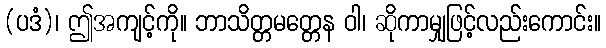
(ပဒံ)၊ ဤအကျင့်ကို။ ဘာသိတ္တမတ္တေန ဝါ၊ ဆိုကာမျှဖြင့်လည်းကောင်း။